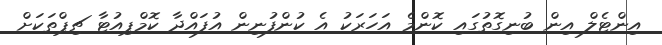
އިންޓެލް އިން ބުނިގޮތުގައި ކޮންމެ އަހަރަކު އެ ކުންފުނިން އުފައްދާ ކޮމްޕިއުޓާ ޗިޕްތަކަށް